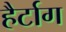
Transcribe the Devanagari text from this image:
हैर्टाग